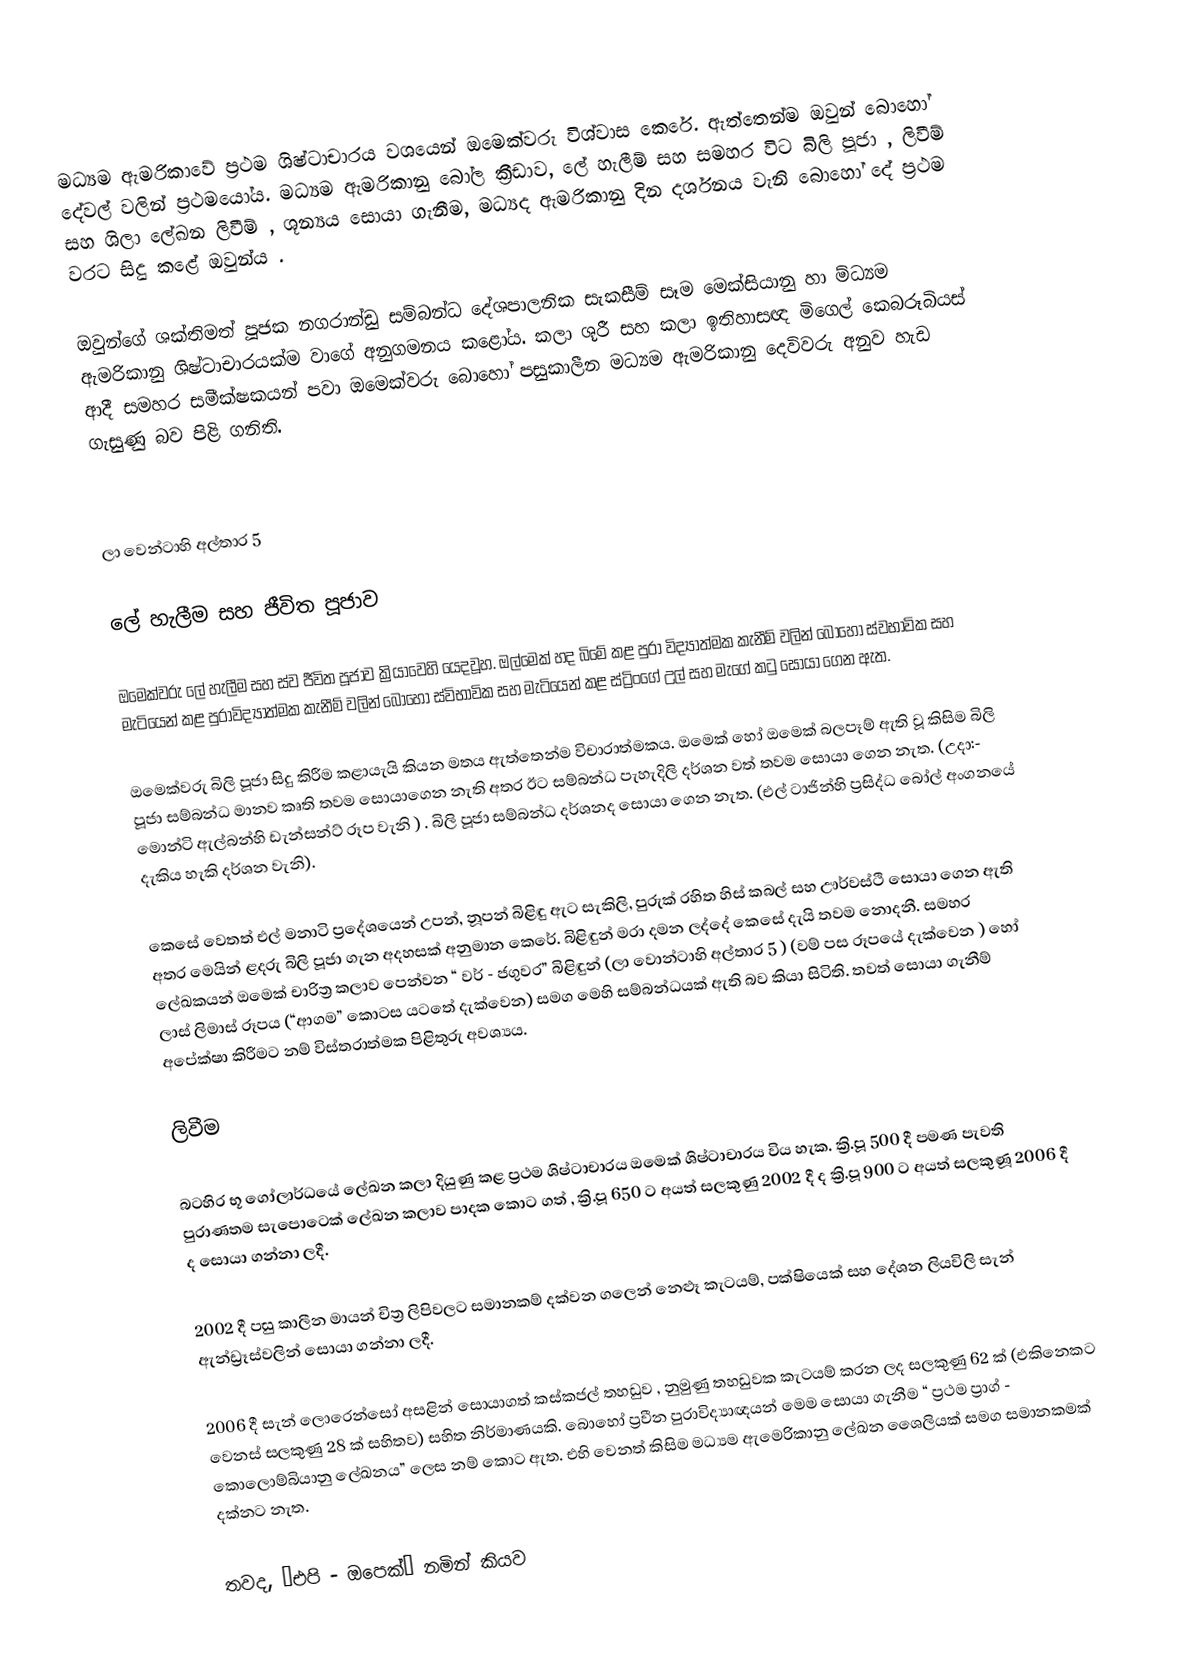
මධ්‍යම  ඇමරිකාවේ ප්‍රථම ශිෂ්ටාචාරය වශයෙන් ඔමෙක්වරු විශ්වාස කෙරේ. ඇත්තෙන්ම ඔවුන් බොහෝ දේවල් වලින් ප්‍රථමයෝය. මධ්‍යම ඇමරිකානු බෝල ක්‍රීඩාව, ලේ හැලීම් සහ සමහර විට බිලි පූජා , ලිවීම් සහ ශිලා ලේඛන ලිවීම් , ශූන්‍යය සොයා ගැනීම, මධ්‍යද ඇමරිකානු දින දර්ශනය වැනි බොහෝ දේ ප්‍රථම වරට සිදු කළේ ඔවුන්ය .

ඔවුන්ගේ ශක්තිමත් පූජක නගරාන්ඩු සම්බන්ධ දේශපාලනික සැකසීම් සෑම මෙක්සියානු හා ම්‍ධ්‍යම ඇමරිකානු ශිෂ්ටාචාරයක්ම වාගේ අනුගමනය කළෝය. කලා ශූරී සහ කලා ඉතිහාසඥ මිගෙල් කෙබරූබියස් ආදී සමහර සමීක්ෂකයන් පවා ඔමෙක්වරු බොහෝ පසුකාලීන මධ්‍යම ඇමරිකානු දෙවිවරු අනුව හැඩ ගැසුණු බව පිළි ගනිති.

ලා වෙන්ටාහි අල්තාර 5

ලේ හැලීම සහ ජීවිත පූජාව

ඔමෙක්වරු ලේ හැලීම සහ ස්ව ජීවිත පූජාව ක්‍රියාවෙහි යෙදවූහ. ඔල්මෙක් හද බිමේ කළ පුරා විද්‍යාත්මක කැනීම් වලින් බොහෝ ස්වභාවික සහ මැටියෙන් කළ පුරාවිද්‍යාත්මක කැනීම්  වලින් බොහෝ ස්විභාවික සහ මැටියෙන් කළ ස්ට්‍රිංගේ උල් සහ මැගේ කටු සොයා ගෙන ඇත.

ඔමෙක්වරු බිලි පූජා සිදු කිරීම කළායැයි කියන මතය ඇත්තෙන්ම විචාරාත්මකය. ඔමෙක් හෝ ඔමෙක් බලපෑම් ඇති වූ කිසිම බිලි පූජා සම්බන්ධ මානව කෘති තවම සොයා‍ගෙන නැති අතර ඊට සම්බන්ධ පැහැදිලි දර්ශන වත් තවම සොයා ගෙන නැත. (උදා:- මොන්ටි ඇල්බන්හි ඩැන්සන්ට් රූප වැනි ) . බිලි පූජා සම්බන්ධ දර්ශනද ‍සොයා ගෙන නැත. (එල් ටාජින්හි ප්‍රසිද්ධ බෝල් අංගනයේ දැකිය හැකි දර්ශන වැනි).

කෙසේ වෙතත් එල් මනාටි ප්‍රදේශයෙන් උපන්, නූපන් බිළිඳු ඇට සැකිලි, පුරුක් රහිත හිස් කබල් සහ ඌර්වස්ථි සොයා ගෙන ඇති අතර මෙයින් ළදරු බිලි පූජා ගැන අදහසක් අනුමාන කෙරේ. බිළිඳුන් මරා දමන ලද්දේ කෙසේ දැයි තවම නොදනී. සමහර ලේඛකයන් ඔමෙක් චාරිත්‍ර කලාව පෙන්වන “ වර් - ජගුවර” බිළිඳුන් (ලා වොන්ටාහි අල්තාර 5 ) (වම් පස රූපයේ දැක්වෙන ) හෝ ලාස් ලිමාස් රූපය (“ආගම” කොටස යටතේ දැක්වෙන) සමග මෙහි සම්බන්ධයක් ඇති බව කියා සිටිති. තවත් සොයා ගැනීම් අපේක්ෂා කිරීමට නම් විස්තරාත්මක පිළිතුරු අවශ්‍යය.

ලිවීම

බටහිර භූ ගෝලාර්ධයේ ලේඛන කලා දියුණු කළ ප්‍රථම ශිෂ්ටාචාරය ඔමෙක් ශිෂ්ටාචාරය විය හැක. ක්‍රි.පූ 500 දී පමණ පැවති පුරාණතම සැපොටෙක් ලේඛන කලාව පාදක කොට ගත් , ක්‍රි.පූ 650 ට අයත් සලකුණු 2002 දී ද ක්‍රි.පූ 900 ට අයත් සලකුණූ 2006 දී ද සොයා ගන්නා ලදී.

2002 දී පසු කාලීන මායන් චිත්‍ර ලිපිවලට සමානකම් දක්වන ගලෙන් නෙළූ කැටයම්, පක්ෂියෙක් සහ දේශන ලියවිලි සැන් ඇන්ඩ්‍රෑස්වලින් සොයා ගන්නා ලදී.

2006 දී සැන් ලොරෙන්සෝ අසළින් සොයාගත් කස්කජල් තහඩුව , නුමුණු තහඩුවක කැටයම් කරන ලද සලකුණු 62 ක් (එකිනෙකට වෙනස් සලකුණු 28 ක් සහිතව) සහිත නිර්මාණයකි. බොහෝ ප්‍රවීන පුරාවිද්‍යාඥයන් මෙම සොයා ගැනීම “ ප්‍රථම ප්‍රාග් - කොලොම්බියානු ලේඛනය” ලෙස නම් කොට ඇත. එහි වෙනත් කිසිම මධ්‍යම ඇමෙරිකානු ලේඛන ශෛලියක් සමග සමානකමක් දක්නට නැත.

තවද, “එපි - ඔපෙක්” නමින් කියව